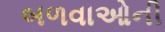
બળવાઓની